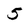
Character: 5